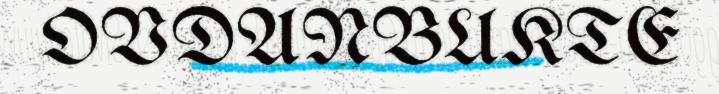
OVDANBUKTE